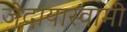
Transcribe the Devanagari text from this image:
जेदायास्वामी